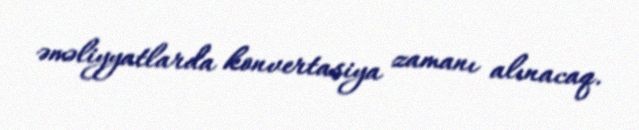
əməliyyatlarda konvertasiya zamanı alınacaq.